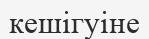
кешігуіне